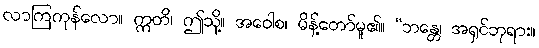
လာကြကုန်လော။ ဣတိ၊ ဤသို့။ အဝေါစ၊ မိန့်တော်မူ၏။ “ဘန္တေ၊ အရှင်ဘုရား။